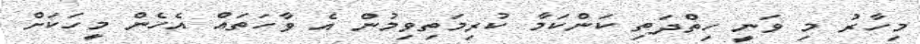
މިހާރު މި ވަނީ ހިތްދަތި ކަންކަމާ ކުރިމަތިވިމުން އެ ވާހަތައް އެހެން މީހަކަށް